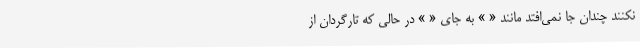
نکنند چندان جا نمی‌افتد مانند « » به جای « » در حالی که تارگردان از